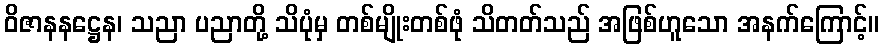
ဝိဇာနနဋ္ဌေန၊ သညာ ပညာတို့ သိပုံမှ တစ်မျိုးတစ်ဖုံ သိတတ်သည် အဖြစ်ဟူသော အနက်ကြောင့်။